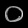
Digit: ၀